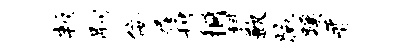
叛嗣佞屐捐桐科歉腕蹊晋